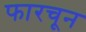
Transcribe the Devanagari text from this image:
फारचून